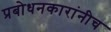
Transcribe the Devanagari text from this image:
प्रबोधनकारांनीच